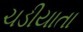
ચડીયાતા